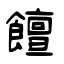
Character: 饘